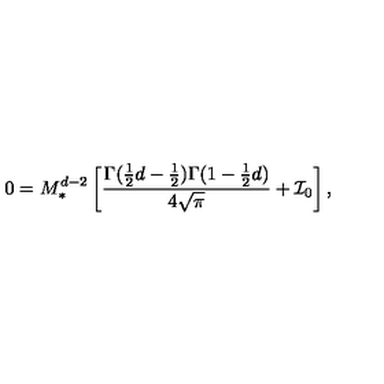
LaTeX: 0 = M _ { \ast } ^ { d - 2 } \left[ \frac { \Gamma ( \frac { 1 } { 2 } d - \frac { 1 } { 2 } ) \Gamma ( 1 - \frac { 1 } { 2 } d ) } { 4 \sqrt { \pi } } + { \cal I } _ { 0 } \right] ,